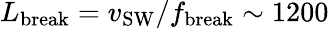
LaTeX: L_{\textrm{break}}=v_{\textrm{SW}}/f_{\textrm{break}}\sim 1200